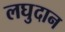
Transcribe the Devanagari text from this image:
लघुदान